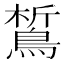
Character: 𪁻